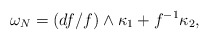
\begin{align*} \omega_N= (df/f)\wedge \kappa_1+f^{-1}\kappa_2,\end{align*}